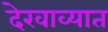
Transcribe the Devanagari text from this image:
देखाव्यात